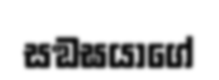
සඞඝයාගේ